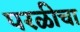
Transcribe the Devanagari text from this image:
परळीचा